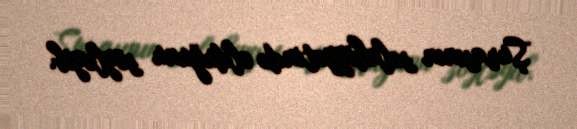
Şurasının səlahiyyətində olduğunu söyləyib.